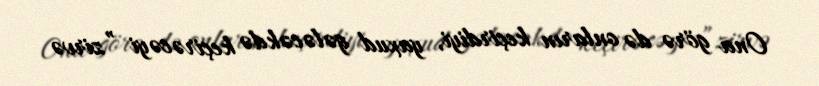
Ona görə də onların keçirdiyi, yaxud gələcəkdə keçirəcəyi ”zirvə